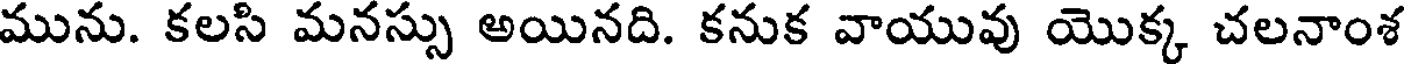
మును. కలసి మనస్సు అయినది. కనుక వాయువు యొక్క చలనాంశ